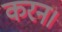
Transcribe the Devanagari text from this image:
करन।